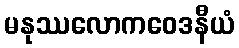
မနုဿလောကဝေဒနီယံ